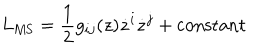
L _ { \mathrm { M S } } = { \frac { 1 } { 2 } } g _ { i j } ( z ) \dot { z } ^ { i } \dot { z } ^ { j } + \mathrm { c o n s t a n t }